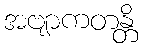
အဗျာကတန္တိ